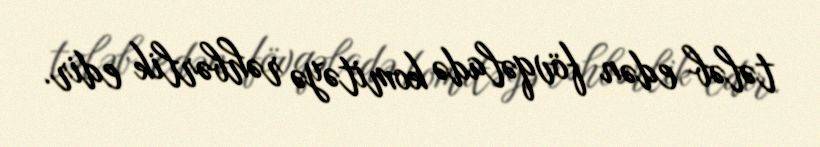
tələb edən fövqəladə komitəyə rəhbərlik edir.